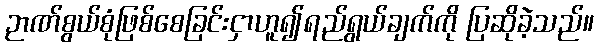
ဉာဏ်စွယ်စုံဖြစ်စေခြင်းငှာဟူ၍ရည်ရွယ်ချက်ကို ပြဆိုခဲ့သည်။